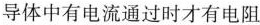
导体中有电流通过时才有电阻